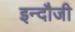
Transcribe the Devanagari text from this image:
इन्दौजी